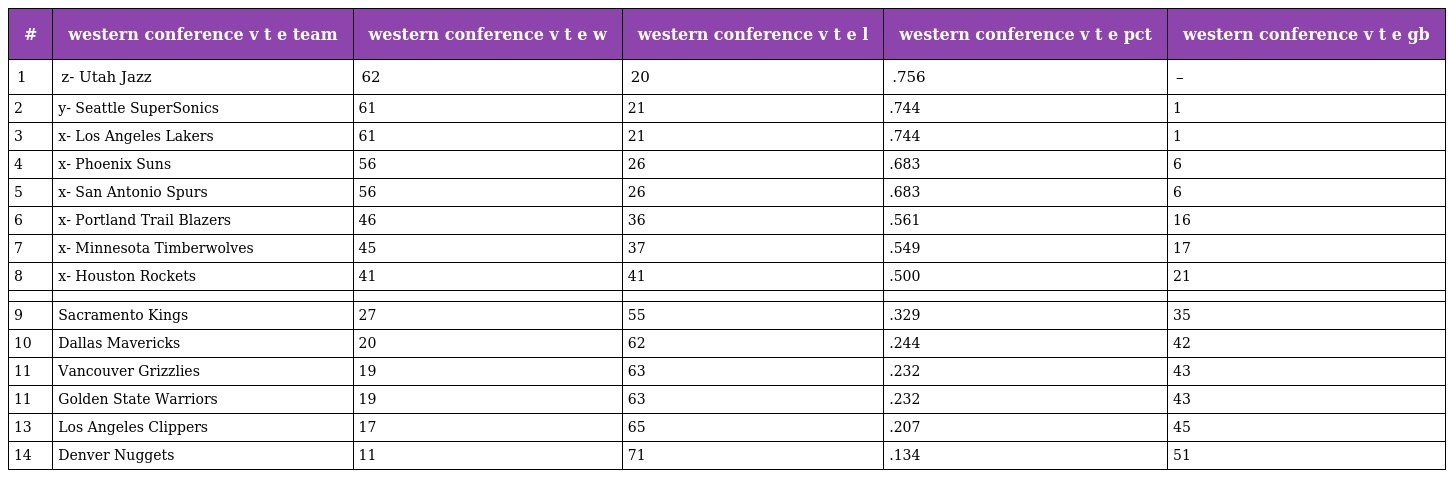
| # | western conference v t e team | western conference v t e w | western conference v t e l | western conference v t e pct | western conference v t e gb |
 | --- | --- | --- | --- | --- | --- |
 | 1 | z- Utah Jazz | 62 | 20 | .756 | – |
 | 2 | y- Seattle SuperSonics | 61 | 21 | .744 | 1 |
 | 3 | x- Los Angeles Lakers | 61 | 21 | .744 | 1 |
 | 4 | x- Phoenix Suns | 56 | 26 | .683 | 6 |
 | 5 | x- San Antonio Spurs | 56 | 26 | .683 | 6 |
 | 6 | x- Portland Trail Blazers | 46 | 36 | .561 | 16 |
 | 7 | x- Minnesota Timberwolves | 45 | 37 | .549 | 17 |
 | 8 | x- Houston Rockets | 41 | 41 | .500 | 21 |
 |  |  |  |  |  |  |
 | 9 | Sacramento Kings | 27 | 55 | .329 | 35 |
 | 10 | Dallas Mavericks | 20 | 62 | .244 | 42 |
 | 11 | Vancouver Grizzlies | 19 | 63 | .232 | 43 |
 | 11 | Golden State Warriors | 19 | 63 | .232 | 43 |
 | 13 | Los Angeles Clippers | 17 | 65 | .207 | 45 |
 | 14 | Denver Nuggets | 11 | 71 | .134 | 51 |